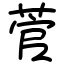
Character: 菅